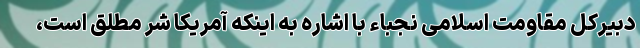
دبیرکل مقاومت اسلامی نُجَباء با اشاره به اینکه آمریکا شر مطلق است،